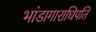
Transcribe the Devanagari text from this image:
भांडागाराधिपति